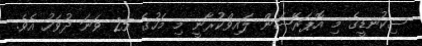
ސިކުނޑީގެ މި އޮޕަރޭޝަން ލައިވްކުރާނީ މި މަހުގެ 25 ވަނަ ދުވަހު އެވެ.